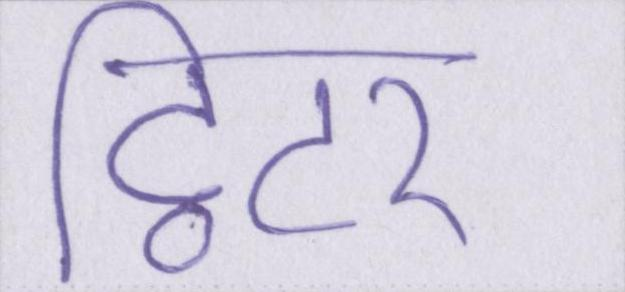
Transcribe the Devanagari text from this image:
ट्विटर